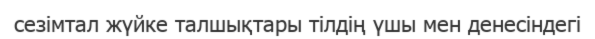
сезімтал жүйке талшықтары тілдің үшы мен денесіндегі